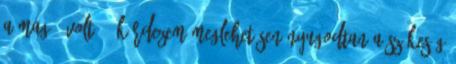
a magáé volt? – kérdezem meglehetősen nyugodtan a szőkeség